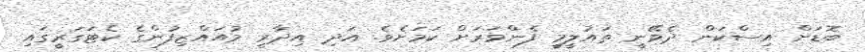
ބޮޑަށް އިސްކަން ދެވޭނީ ތައުލީމީ ފެންވަރަށް ކަމަށެވެ. އަދި އިދާރީ މުއައްޒިފުންގެ ކެޓަގަރީގައި